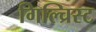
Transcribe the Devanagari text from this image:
गिल्च्रिस्ट